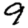
Digit: 9